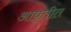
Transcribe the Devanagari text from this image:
आवृतीत